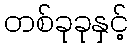
တစ်ခုခုနှင့်